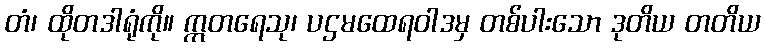
တံ၊ ထိုတဒါရုံကို။ ဣတရေသု၊ ပဌမထေရဝါဒမှ တစ်ပါးသော ဒုတိယ တတိယ